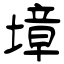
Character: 墇